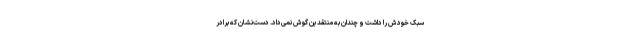
سبک خودش را داشت و چندان به منتقدین گوش نمی‌داد. دست‌نشان که برادر